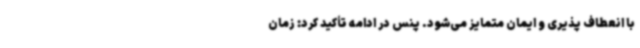
با انعطاف پذیری و ایمان متمایز می‌شود. پنس در ادامه تأکید کرد: زمان